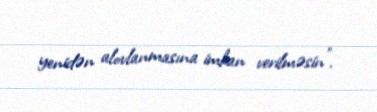
yenidən alovlanmasına imkan verilməsin”.